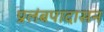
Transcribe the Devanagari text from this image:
प्रलंबपादासन